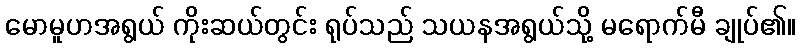
မောမူဟအရွယ် ကိုးဆယ်တွင်း ရုပ်သည် သယနအရွယ်သို့ မရောက်မီ ချုပ်၏။